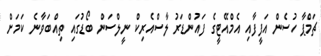
ޗަމްޕާ ހުސެން އަފީފާއި އެމްއޭޓީގެ ފައުންޑަރު ލާސްއެރިކް ނީލްސަން ބޯޑުގައި ތިއްބަވާނެ ކަމަށް